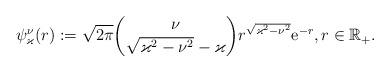
LaTeX: \begin{align*} \psi^\nu_{\varkappa}(r):= \sqrt{2\pi}\binom{\nu}{\sqrt{\varkappa^2 -\nu^2} -\varkappa}r^{\sqrt{\varkappa^2 -\nu^2}}\mathrm e^{-r}, r\in\mathbb R_+.\end{align*}